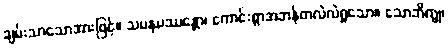
ချမ်းသာသောအားဖြင့်။ သမနုပဿန္တော၊ ကောင်းစွာအဘန်တလဲလဲရှုသော။ သောဘိက္ခု၊